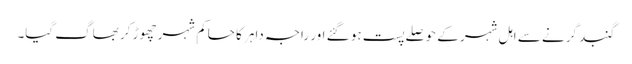
گنبد گرنے سے اہل شہر کے حوصلے پست ہو گئے اور راجہ داہر کا حاکم شہر چھوڑ کر بھاگ گیا۔